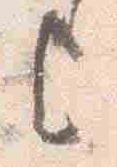
上